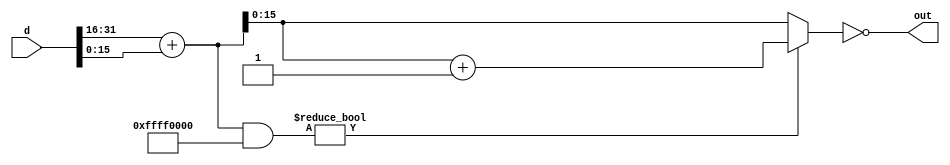
module checksum(d,out);
input [31:0]d;
output [15:0]out;
reg [31:0]sum;
reg [15:0]sum1;
always@(d)
begin
sum=d[31:16]+d[15:0];
if(sum&32'hffff0000)
begin
sum1=sum;
sum1=sum1+1;
end
else
sum1=sum;
end
assign out=~sum1;
endmodule